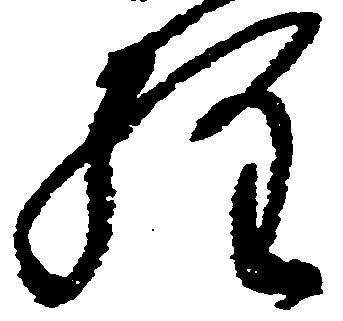
経